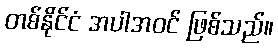
တစ်နိုင်ငံ အပါအဝင် ဖြစ်သည်။